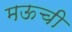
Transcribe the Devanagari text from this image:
मऊची